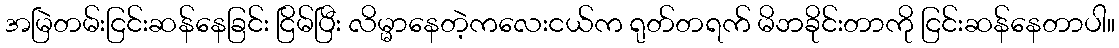
အမြဲတမ်းငြင်းဆန်နေခြင်း ငြိမ်ပြီး လိမ္မာနေတဲ့ကလေးငယ်က ရုတ်တရက် မိဘခိုင်းတာကို ငြင်းဆန်နေတာပါ။